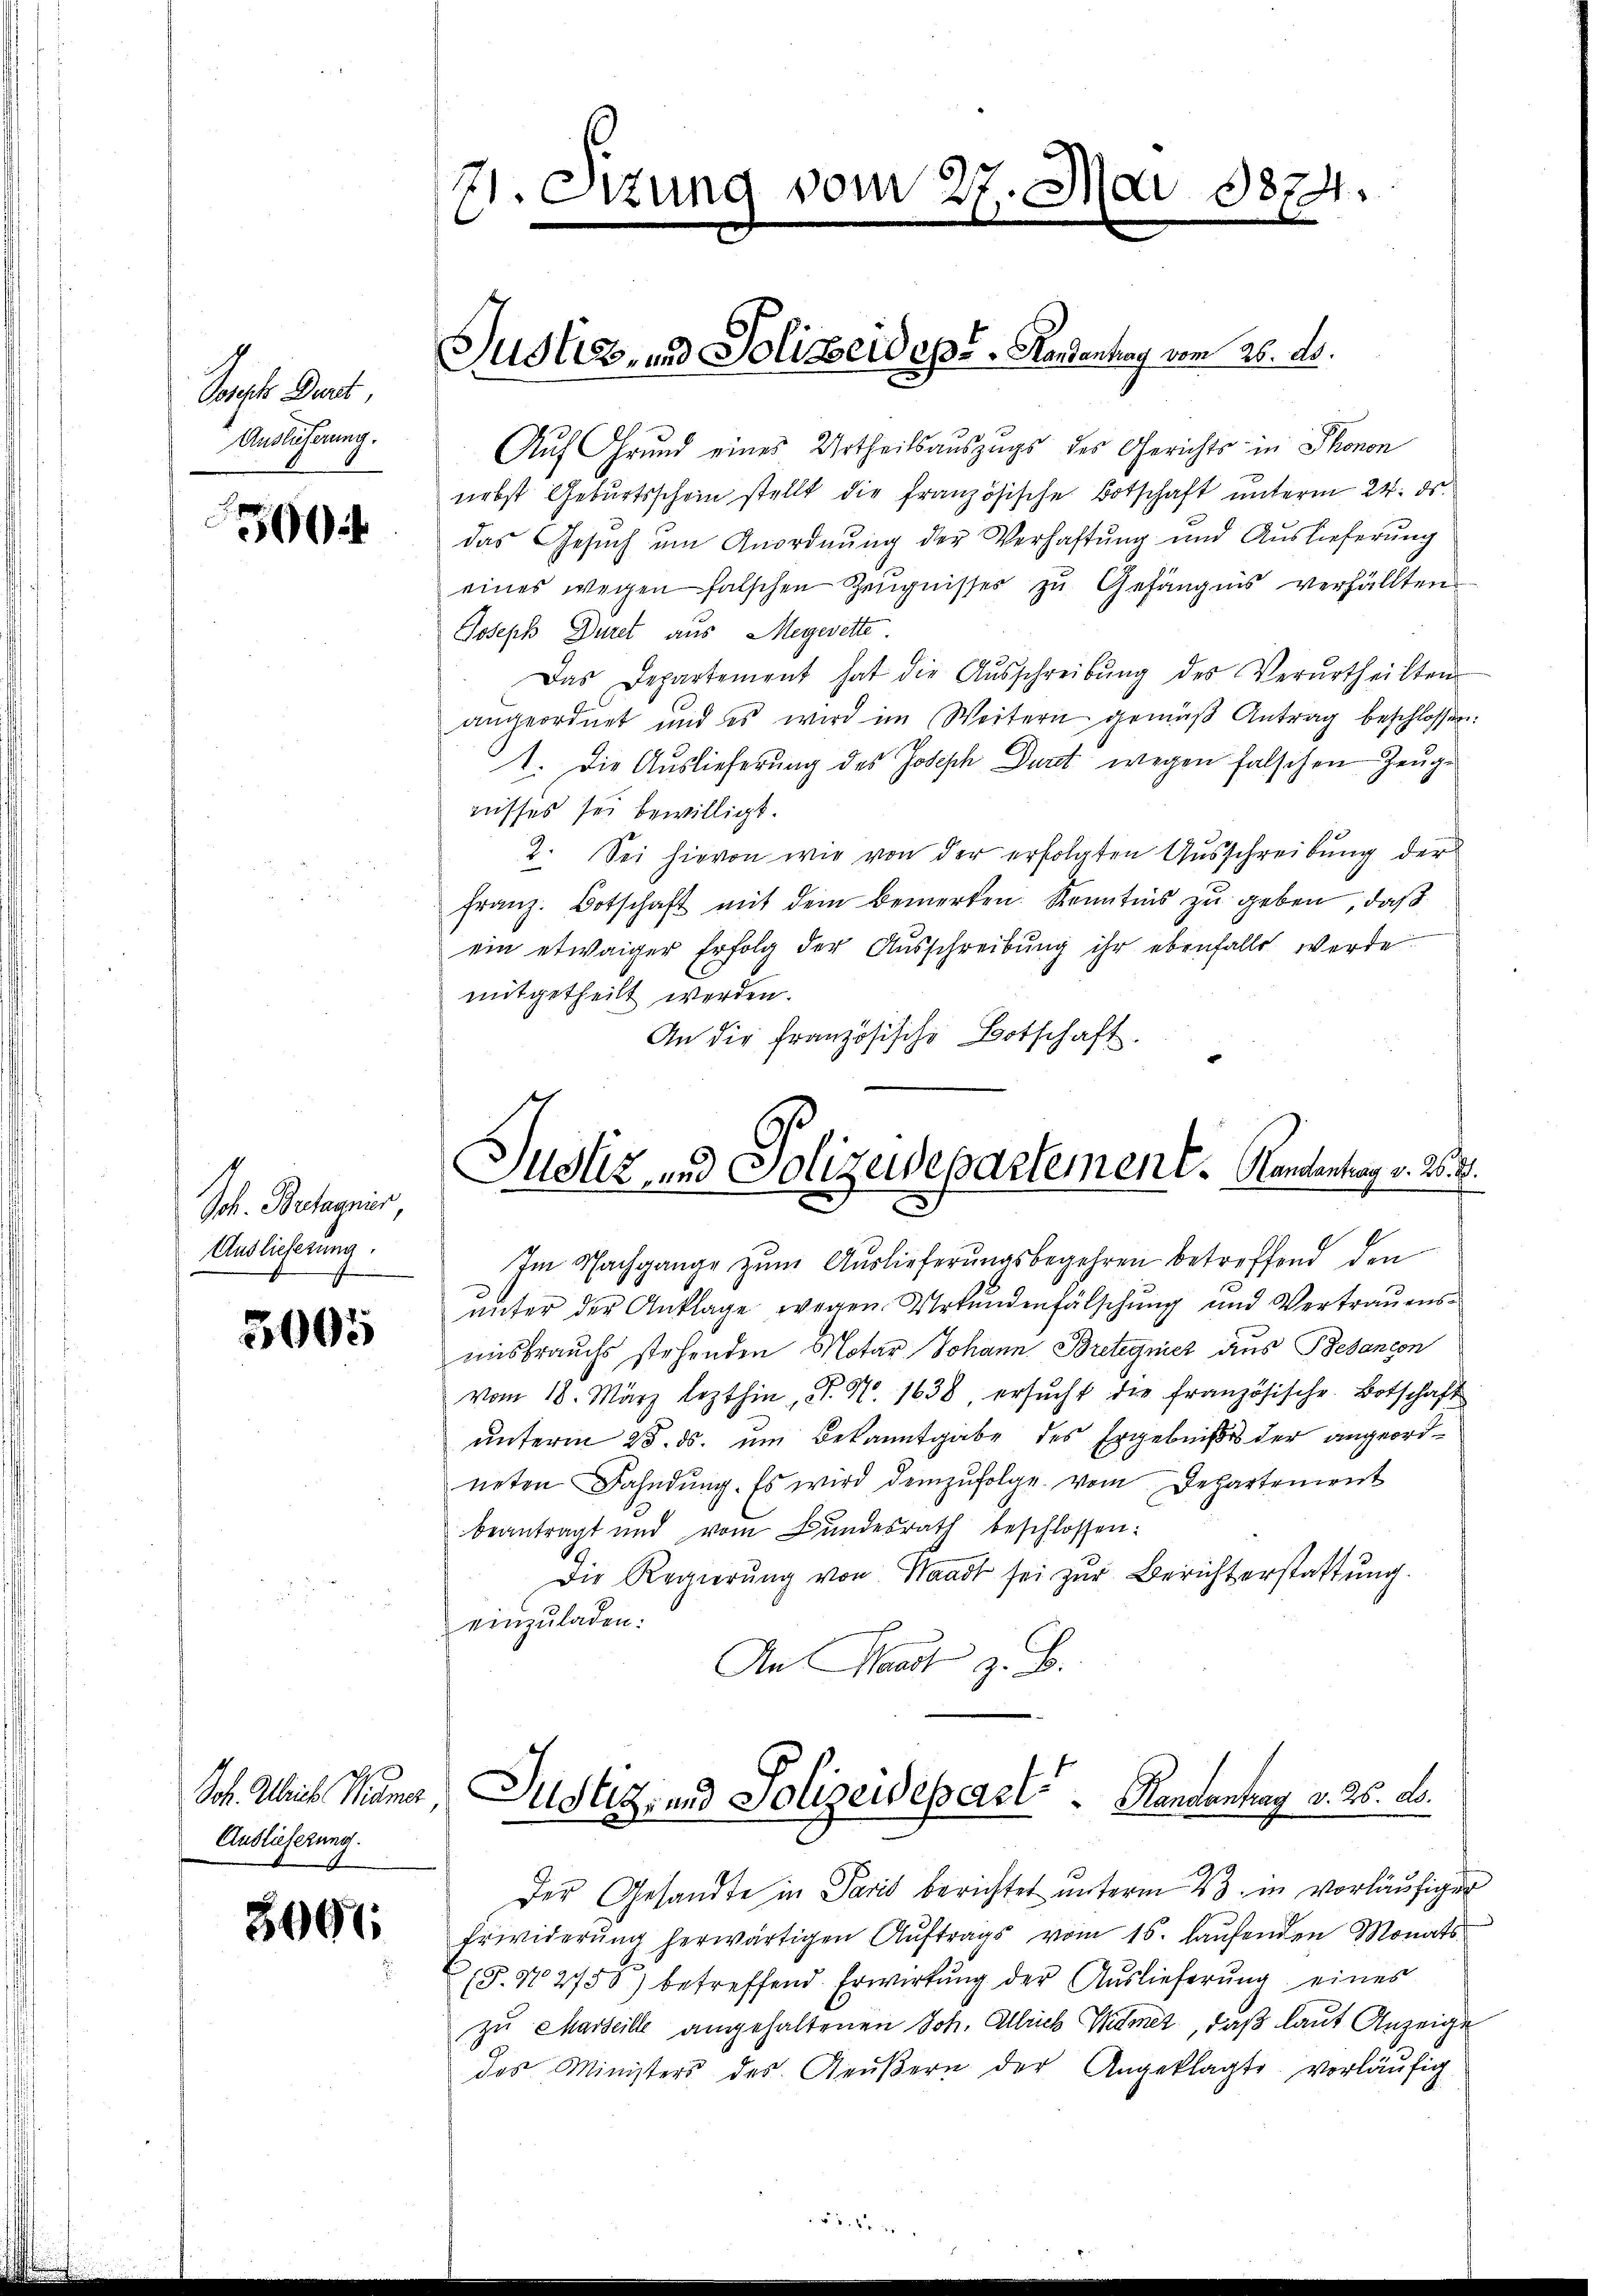
Solche Dart
Auslicherung.

300

Joh. Bretagnis
Auslieferung.

5005

Auslieferung.

3001

71. Sitzung vom 27. Mai 1874.
7

Justiz, und Polizeidest. Handenhag vom 26. ds.

Auf Grund eines Urtheilsauszugs des Gerichts in Phonon
nebst Geburtsschein stellt die französische Botschaft unterm 24. ds.
das Gesŭch am Anordnŭng der Verhaftung und Auslieferŭng
eines wegen falschen Zeŭgnisses zu Gefängnis verfällten
Joseph Düret aus Megerette
Das Departement hat die Aŭsschreibŭng des Verurtheilten

angeordnet und es wird im Weitern gemäβ Antrag beschlossen:
1. Die Auslieferung des Joseph Duret wegen falschen Zeugnisses sei bewilligt.
2. Sei hievon wie von der erfolgten Ausschreibung der
Franz. Botschaft mit dem Bemerken. Kenntnis zu geben, daß
ein etwaiger Erfolg der Aŭsschreibŭng ihr ebenfalls werde
mitgetheilt werden.
An die französische Botschaft.

Justiz- und Polizeidepartement. Handentrag v. 262.

Im Nachgange zum Auslieferungsbegehren betreffend den
ŭnter der Anklage wegen Urkŭndenfälschŭng und Vertraŭens-
misbrauchs stehenden Motar Johann Bretegnicz aus Bebancon
vom 18. März lezthin, N. N. 1638 ersŭcht die französische Botschaft
unterm 25. ds. um Bekanntgabe des Ergebnißes der angeordneten Fahndung. Es wird demzufolge vom Departement
beantragt und vom Bundesrath beschlossen:
Die Regierŭng von Waadt sei zŭr Berichterstattung.
einzŭladen:
An Waadt z. B.
Joh. Weis Mana Justiz- und Polizeidepart. Handentrag v. 26. ab.
Der Gesandte in Paris berichtet unterm 23. in vorläufiger
Erwiderŭng herwärtigen Aŭftrags vom 16. laŭfenden Monats-
(§.N 2750) betreffend Erwirkung der Auslieferung eines
zu Marseille angehaltenen Joh. Alleich Widmet, daß laut Anzeige
das Ministers des Reŭβern der Angeklagte vorläŭfig